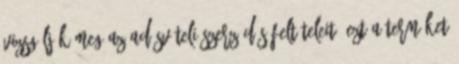
vizsgálják meg az adásvételi szerződés feltételeit. Ezt a terméket